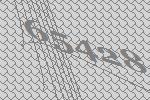
65428